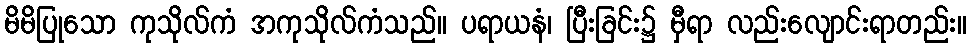
မိမိပြုသော ကုသိုလ်ကံ အကုသိုလ်ကံသည်။ ပရာယနံ၊ ပြီးခြင်း၌ မှီရာ လည်းလျောင်းရာတည်း။